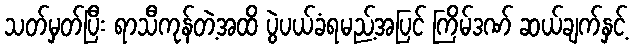
သတ်မှတ်ပြီး ရာသီကုန်တဲ့အထိ ပွဲပယ်ခံရမည့်အပြင် ကြိမ်ဒဏ် ဆယ်ချက်နှင့်